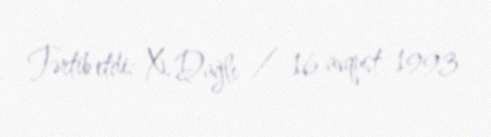
Tərtib etdi: X. Dağlı / 16 avqust 1993